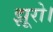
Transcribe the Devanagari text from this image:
झूरो।